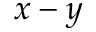
x - y